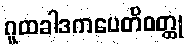
ဂူထခါဒကပေတိဝတ္ထု